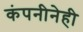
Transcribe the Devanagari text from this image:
कंपनीनेही